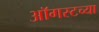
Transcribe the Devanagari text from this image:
आॅगस्टच्या